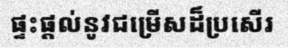
ផ្ទះផ្តល់នូវជម្រើសដ៏ប្រសើរ